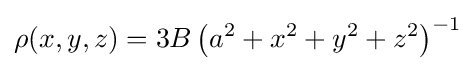
\rho (x,y,z)=3B\left(a^{2}+x^{2}+y^{2}+z^{2}\right)^{-1}